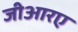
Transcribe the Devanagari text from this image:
जीआरए